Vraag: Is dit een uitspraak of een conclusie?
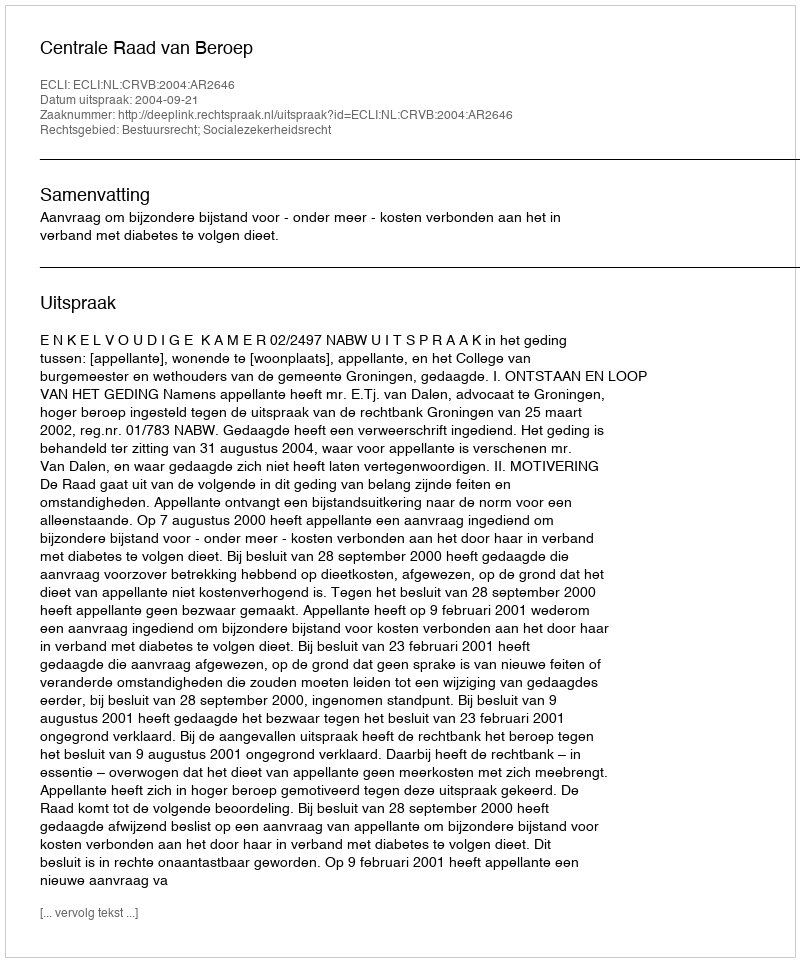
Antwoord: Uitspraak